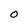
Character: O